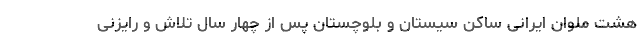
هشت ملوان ایرانی ساکن سیستان و بلوچستان پس از چهار سال تلاش و رایزنی